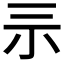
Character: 𡭚